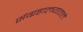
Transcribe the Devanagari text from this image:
संग्रहालयातले